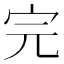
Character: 完